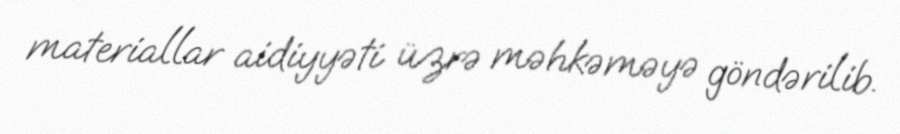
materiallar aidiyyəti üzrə məhkəməyə göndərilib.